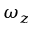
\omega _ { z }